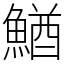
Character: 鰌